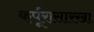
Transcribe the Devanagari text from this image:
कर्पूरासारखा